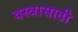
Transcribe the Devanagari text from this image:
वस्त्रासाठी